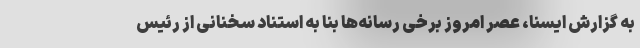
به گزارش ایسنا، عصر امروز برخی رسانه‌ها بنا به استناد سخنانی از رئیس